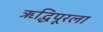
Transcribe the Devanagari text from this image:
ऋद्धिपूरला